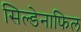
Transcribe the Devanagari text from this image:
सिल्डेनाफिल